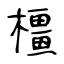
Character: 橿